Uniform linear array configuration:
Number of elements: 8
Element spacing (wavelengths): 0.75
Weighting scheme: kaiser
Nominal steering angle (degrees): -30
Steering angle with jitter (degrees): -28.682
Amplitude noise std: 0.05
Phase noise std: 0.05

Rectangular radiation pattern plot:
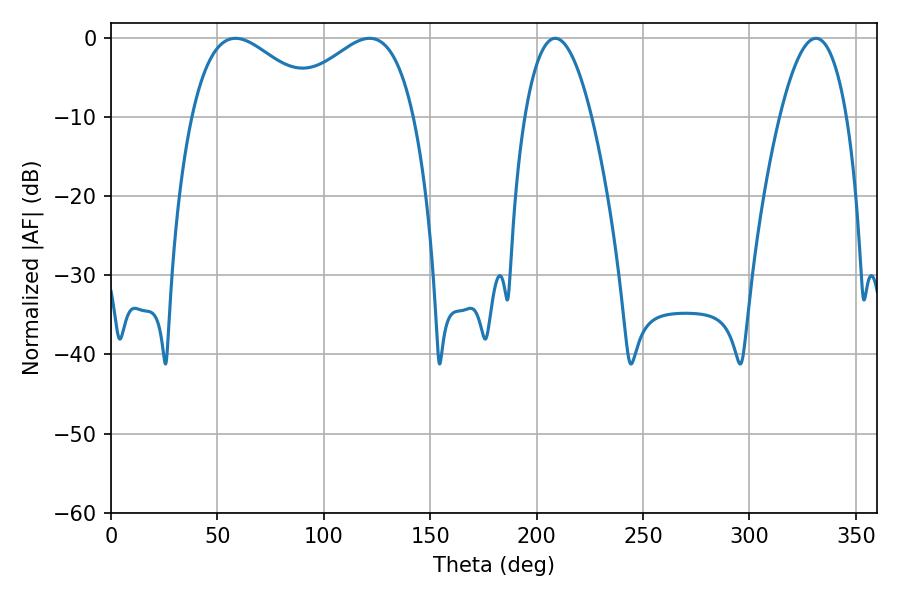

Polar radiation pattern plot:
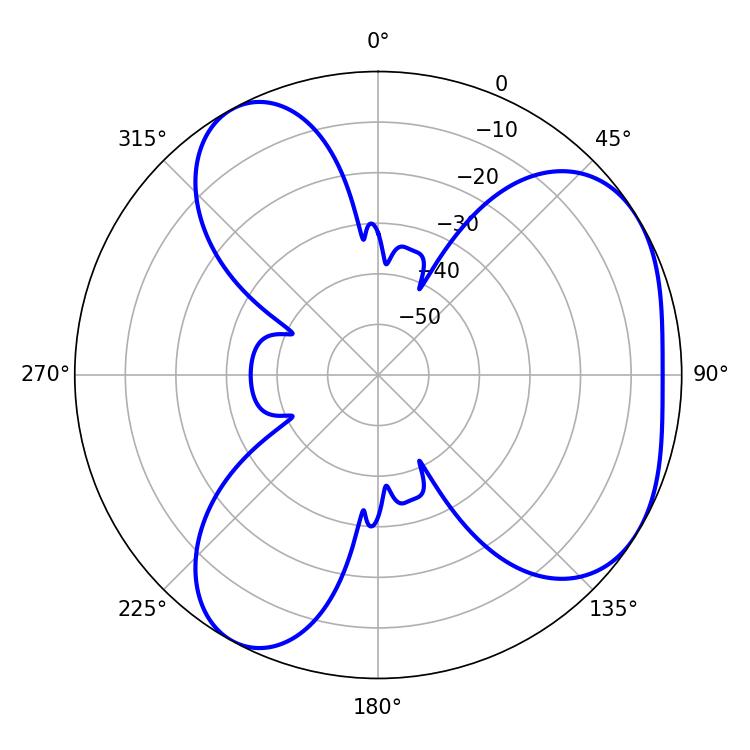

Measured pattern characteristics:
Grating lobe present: TRUE
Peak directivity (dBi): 4.485
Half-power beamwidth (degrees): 33.84
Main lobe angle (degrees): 58.5